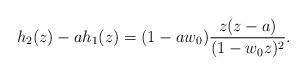
LaTeX: \begin{align*}h_2(z)-ah_1(z)=(1-aw_0)\frac{z(z-a)}{(1-w_0z)^2}.\end{align*}